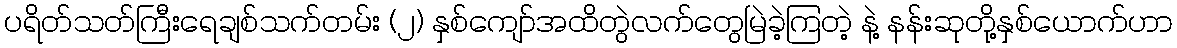
ပရိတ်သတ်ကြီးရေချစ်သက်တမ်း (၂) နှစ်ကျော်အထိတွဲလက်တွေမြဲခဲ့ကြတဲ့ နဲ့ နန်းဆုတို့နှစ်ယောက်ဟာ